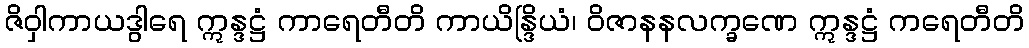
ဇိဝှါကာယဒွါရေ ဣန္ဒဋ္ဌံ ကာရေတီတိ ကာယိန္ဒြိယံ၊ ဝိဇာနနလက္ခဏေ ဣန္ဒဋ္ဌံ ကရေတီတိ